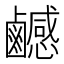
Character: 𪊄